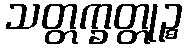
သတ္တက္ခတ္တုဉ္စ